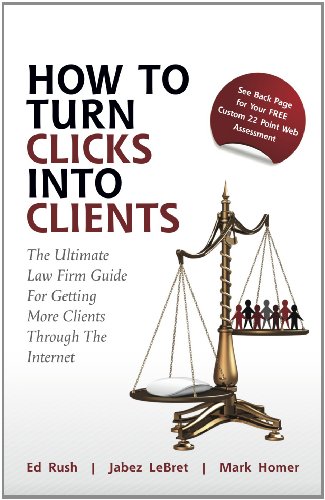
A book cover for How to Turn Clicks Into Clients: The Ultimate Law Firm Guide for Getting More Clients Through the Internet; Mark Homer; Law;